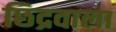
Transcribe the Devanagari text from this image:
छिद्रवाला